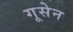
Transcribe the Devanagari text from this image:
गूसेन